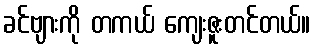
ခင်ဗျားကို တကယ် ကျေးဇူးတင်တယ်။